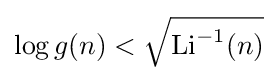
\log g(n)<{\sqrt {\operatorname {Li} ^{-1}(n)}}